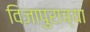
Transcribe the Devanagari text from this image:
विजापुराच्या